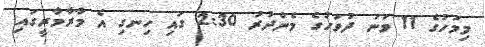
މިމަހުގެ 11 ވަނަ ދުވަހުގެ މެންދުރު 2:30 ގައި ހިނގި އެ މާރާމާރީގައި